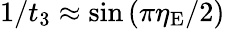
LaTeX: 1/t_{3}\approx\sin\left(\pi\eta_{\mathrm{E}}/2\right)